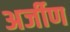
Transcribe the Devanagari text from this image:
अर्जीण